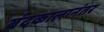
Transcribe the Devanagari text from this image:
बंदकालानंतर